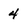
Character: 4